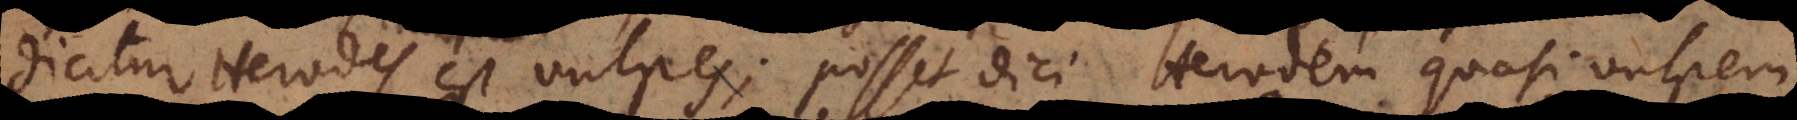
dicitur Herodes est vulpes; posset dici, Herodem quasi vulpem